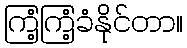
ကြံ့ကြံ့ခံနိုင်တာ။